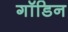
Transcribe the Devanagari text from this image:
गॉडिन